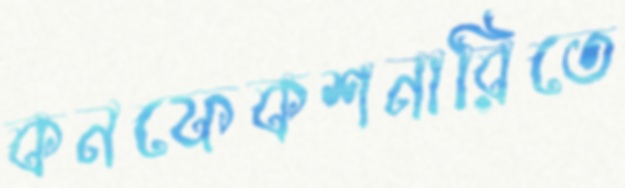
কনফেকশনারিতে